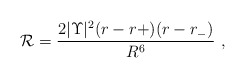
\begin{align*}{\cal R} = \frac{2|\Upsilon|^2 (r-r+)(r-r_-)}{R^6}\ ,\end{align*}